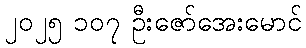
၂၀၂၅ ၁၀၇ ဦးဇော်အေးမောင်